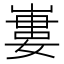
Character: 㟺